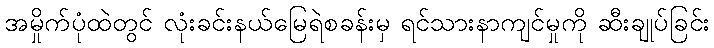
အမှိုက်ပုံထဲတွင် လုံးခင်းနယ်မြေရဲစခန်းမှ ရင်သားနာကျင်မှုကို ဆီးချုပ်ခြင်း